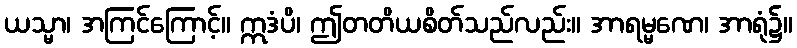
ယသ္မာ၊ အကြင်ကြောင့်။ ဣဒံပိ၊ ဤတတိယစိတ်သည်လည်း။ အာရမ္မဏေ၊ အာရုံ၌။